Cholera in India, 1862 to 1881
Year: 1862
Disease focus: Cholera
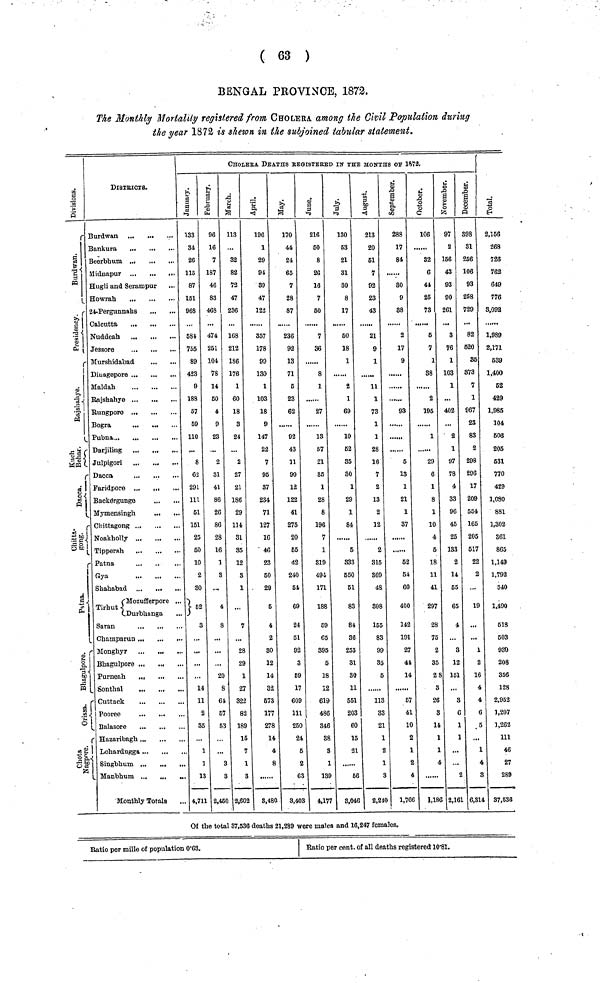
( 63 )
BENGAL PROVINCE, 1872.
The Monthly Mortality registered from CHOLERA, among the Civil Population during
the year 1872 is shewn in the subjoined tabular statement.
Division
Burdwan
Presidency
Rajshaliya
Kuch Behar
Dacca
Chitta gong
Patna
Bhaglpore
Orissa
chota nagpore
DISTRICTS.
Burdwan
Bankura
Beerbhum
Midnapur
Hugli and Serampur
Howrah
24-Pergunnahs
Calcutta
Nuddeah
Jessore
Murshidabad
Diuagepore
...
Maldah
Rajshahye
Rungpore
Bogra
...
Pubna...
Julpigori
Dacca
Faridpore
,
Backergunge
Mymensingh
Chittagong
Noakholly
Tipperah
Patna
...
Gya
Shababad ...
...
(Mozufferpore ...
Tirhut (Durbhanga
Saran
Mongulpore
Bhagulpore ...
...
Sonthal
Cuttack
Pooree
Balasore
...
...
Hazaribagh
Lohardugga
Singbhum
Manbhum
...
Monthly Totals
CHOLERA DEATHS REGISTEEED IK THE MONTHS OF 1872.
January
133
34
26
115
87
151
968
584
755
89
423
9
188
57
59
110
8
62
291
111
51
151
25
50
10
2
30
52
3
14
11
2
35
...
1
1
13
4,711
February
96
16
7
187
46
83
468
474
251
104
78
14
50
4
9
23
2
31
41
86
26
86
28
16
1
3
...
4
8
20
8
64
57
53
...
3
3
2,450
March
113
..
32
82
72
47
236
168
212
186
176
1
60
18
3
24
2
27
21
186
29
114
31
35
12
3
1
...
7
28
29
1
27
322
82
189
15
7
1
3
2,602
April
196
1
29
94
39
47
122
357
178
99
130
1
103
18
9
147
22
7
95
87
234
71
127
16
46
23
50
29
5
4
2
80
12
14
32.
573
177
278
14
4
8
3,480
May
170
44
24
65
7
28
87
236
92
13
71
5
23
62
92
43
11
90
12
122
41
275
20
55
42
240
54
69
24
51
92
3
59
17
609
111
250
24
5
2
63
3,403
June
216
50
8
26
16
7
50
7
36
8
1
......
27
13
57
21
85
1
28
8
196
7
1
819
494
171
188
69
65
395
6
18
12
619
486
346
38
8
1
139
4,17
July
130
53
21
31
30
8
17
50
18
1
2
1
69
10
62
35
30
1
29
1
84
5
333
550
51
83
84
36
253
31
30
11
551
203
60
15
21
56
3,046
August
213
20
61
7
92
23
43
21
9
1
11
1
73
1
1
28
16
7
2
13
2
12
2
815
369
48
308
155
83
99
35
6
113
83
21
1
2
1
8
2,240
September
288
17
84
30
9
88
2
17
9
93
5
13
]
21
1
37
52
54
60
400
142
191
27
44
14
67
41
10
2
1
2
4
1,766
Octomber
106
32
6
44
25
73
6
7
1
88
2
196
1
29
6
1
8
1
10
4
5
18
11
41
297
28
75
2
35
28
3
26
3
14
1
1
4
1,186
November
97
2
156
43
93
90
261
3
76
1
103
1
...
402
2
1
97
78
4
33
96
45
25
183
14
55
65
...
12
151
...
1
1
...
...
2
2,161
December
98
31
256
106
93
258
729
82
520
35
373
7
1
967
23
83
2
298
296
17
209
554
165
205
517
22
2
...
19
1
2
16
4
4
6
6
...
1
4
8
6,314
Total
2,156
268
726
762
649
776
3,092
1,989
2,171
539
1,400
52
429
1,985
104
606
205
531
770
429
1,080
881
1,302
361
865
1,149
1,792
640
1,490
518
503
930
208
356
128
2,952
1,207
1,262
111
46
27
289
37,636
Of the total 87,536 deaths 21,289 were males and 16,247 females.
Ratio per mille of population 0·63.
Ratio per cent, of all deaths registered 10·81.